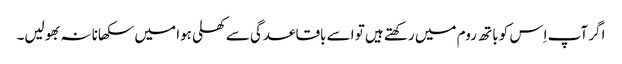
اگر آپ اِس کو باتھ روم میں رکھتے ہیں تو اسے باقاعدگی سے کھلی ہوا میں سکھانا نہ بھولیں۔